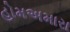
હોમઅમારા